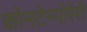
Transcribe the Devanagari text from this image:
कोनटेम्पोरेरी